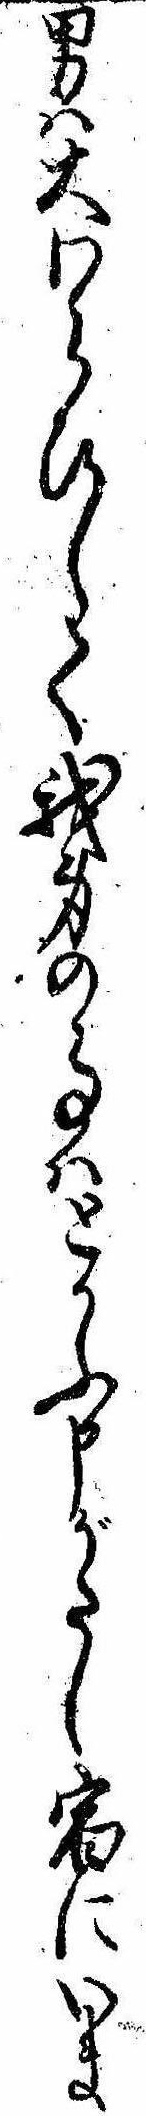
男は大わらひして我身の事はとかふ申がたし宿にいま